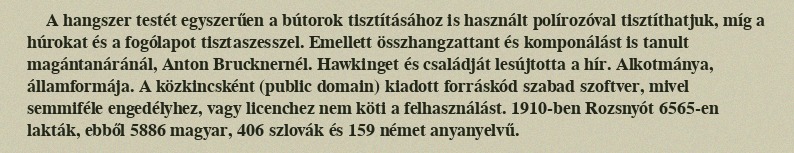
A hangszer testét egyszerűen a bútorok tisztításához is használt polírozóval tisztíthatjuk, míg a húrokat és a fogólapot tisztaszesszel. Emellett összhangzattant és komponálást is tanult magántanáránál, Anton Brucknernél. Hawkinget és családját lesújtotta a hír. Alkotmánya, államformája. A közkincsként (public domain) kiadott forráskód szabad szoftver, mivel semmiféle engedélyhez, vagy licenchez nem köti a felhasználást. 1910-ben Rozsnyót 6565-en lakták, ebből 5886 magyar, 406 szlovák és 159 német anyanyelvű.